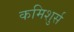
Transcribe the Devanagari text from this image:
कमिशुर्स